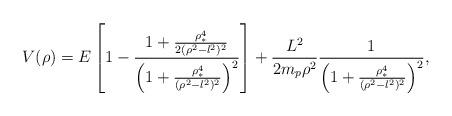
LaTeX: \begin{align*}V(\rho)=E\left [1 - \frac{1 +\frac{\rho_* ^4}{2 (\rho^2-l^2)^2}} {\left (1+\frac{\rho_*^4}{(\rho^2-l^2)^2} \right )^2} \right ] + \frac{L^2}{2m_p\rho ^2}\frac{1}{\left (1+\frac{\rho_*^4}{(\rho^2-l^2)^2}\right)^2 },\end{align*}